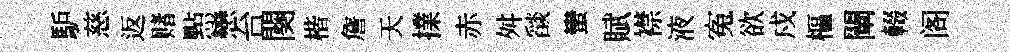
馿慈返赌㸃戀台闋楷詹天擈赤舛𦦨蠻賦襟液寃欲戍樞闡輟阁